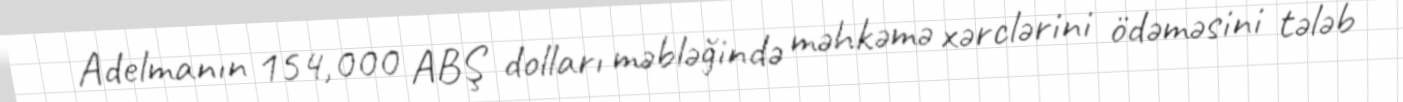
Adelmanın 154,000 ABŞ dolları məbləğində məhkəmə xərclərini ödəməsini tələb